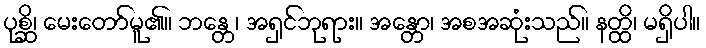
ပုစ္ဆိ၊ မေးတော်မူ၏။ ဘန္တေ၊ အရှင်ဘုရား။ အန္တော၊ အစအဆုံးသည်။ နတ္ထိ၊ မရှိပါ။